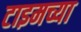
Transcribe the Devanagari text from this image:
टाइमच्या